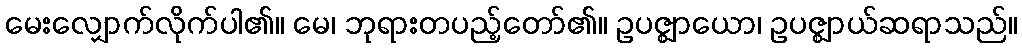
မေးလျှောက်လိုက်ပါ၏။ မေ၊ ဘုရားတပည့်တော်၏။ ဥပဇ္ဈာယော၊ ဥပဇ္ဈာယ်ဆရာသည်။